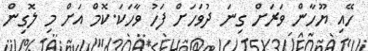
ހޭއި ޔޫހާން ވަރަށް ގިނަ ދުވަހަށް ފަހު ވާހަކަ.ކޮމް އަށް މި ލޮގިން